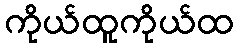
ကိုယ်ထူကိုယ်ထ